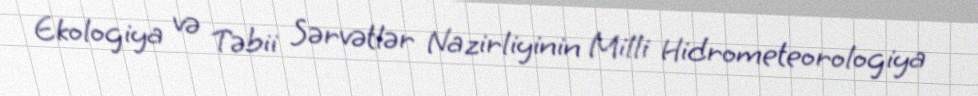
Ekologiya və Təbii Sərvətlər Nazirliyinin Milli Hidrometeorologiya